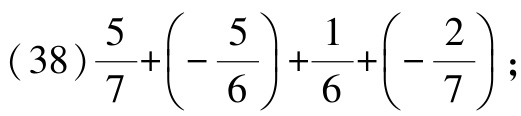
\((38)\frac{5}{7}+\left(-\frac{5}{6}\right)+\frac{1}{6}+\left(-\frac{2}{7}\right);\)